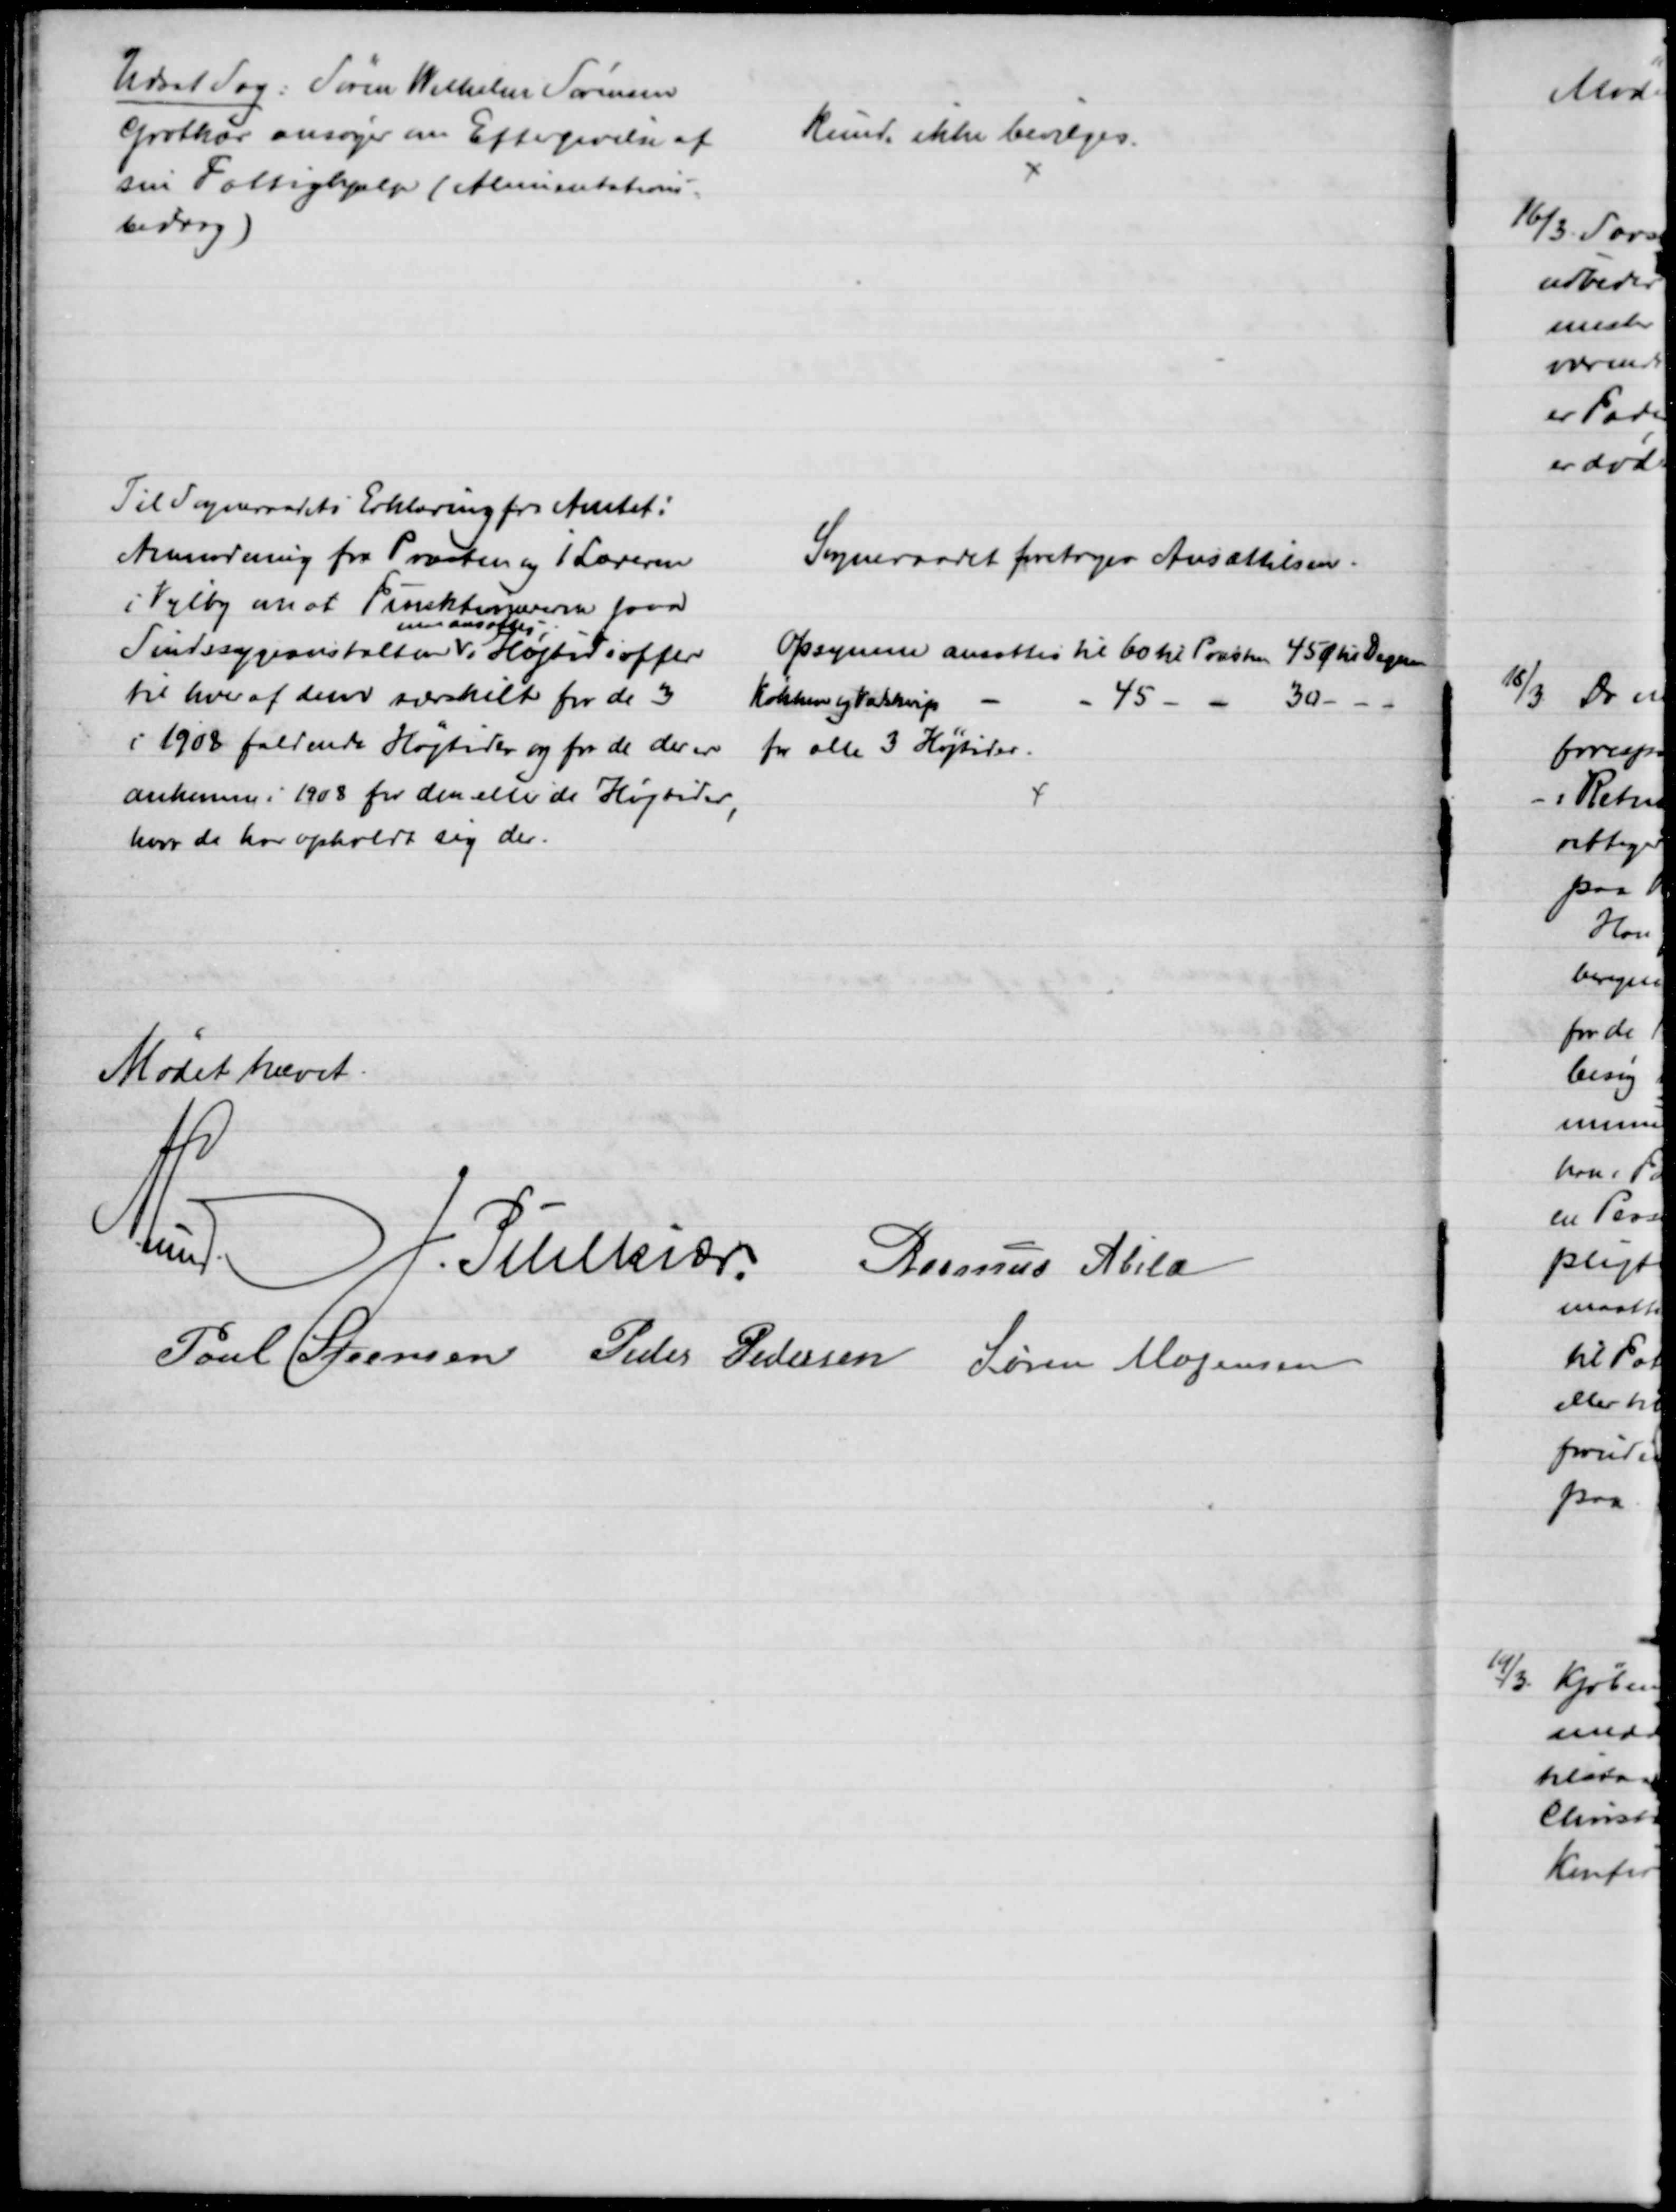
Transskription:
Udsat Sag: Søren Wilhelm Sørensen
Grotkær ansøger om Eftergivelse af
sin Fattighjælp (Alimentations-
bidrag)
kunde ikke bevilges.
Til Sogneraadets Erklæring fra Amtet:
Armodning fra Præsten og 1. Læreren
i Vejlby om at Funktionærerne paa
Sindssygeanstalten 
maa ansættes
i Højtidsoffer
til hver af dem særskilt for de 3
i 1908 faldende Højtider og for de der er
ankomne i 1908 for den eller de Højtider,
hvor de har opholdt sig der.
Sogneraadet foretager Ansættelsen.
Opsynene ansattes til 60 til Præsten 45 Øre Degnen
Køkken og Vadskning
45 
30
for alle 3 Højtider.
Mødet hævet.
A. Lund
J. Pihlkjær Rasmus Abild
Poul Steensen Peder Pedersen Søren Mogensen